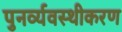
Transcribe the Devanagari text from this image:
पुनर्व्यवस्थीकरण